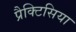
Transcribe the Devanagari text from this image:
प्रैक्टिसिया